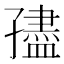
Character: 孻